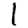
Digit: 1